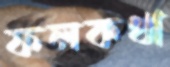
ফলকথা